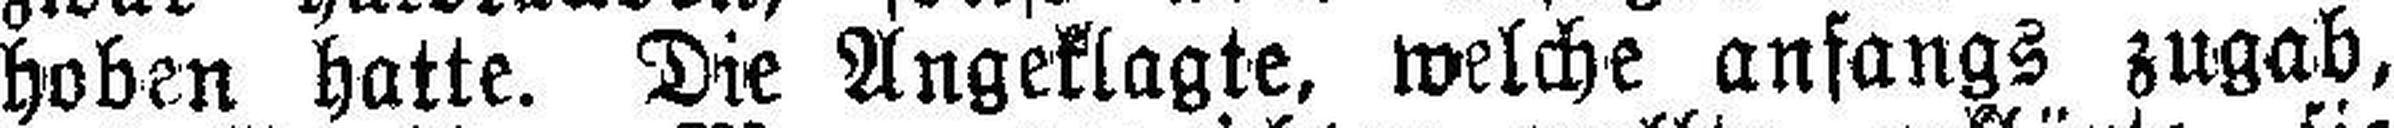
hoben hatte. Die Angeklagte, welche anfangs zugab,